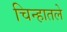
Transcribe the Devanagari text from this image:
चिन्हातले